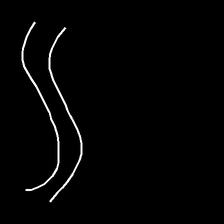
Glyph: float